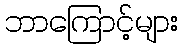
ဘာကြောင့်များ